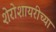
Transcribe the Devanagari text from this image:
शेरोशायरीच्या